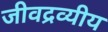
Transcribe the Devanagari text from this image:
जीवद्रव्यीय